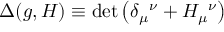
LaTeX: \Delta ( g , H ) \equiv \operatorname * { d e t } { \left( \delta _ { \mu } { } ^ { \nu } + H _ { \mu } { } ^ { \nu } \right) }